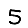
Digit: 5